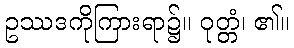
ဥဿဒကိုကြားရာ၌။ ဝုတ္တံ၊ ၏။